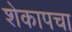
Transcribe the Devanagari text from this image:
शेकापचा